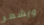
ويشعر